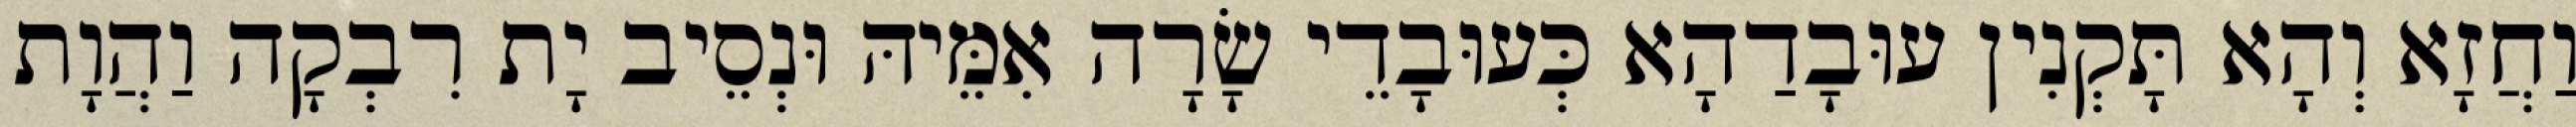
וַחֲזָא וְהָא תָּקְנִין עוּבָדַהָא כְּעוּבָדֵי שָׂרָה אִמֵּיהּ וּנְסֵיב יָת רִבְקָה וַהֲוָת